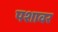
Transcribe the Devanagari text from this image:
पशावर